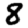
Digit: 8